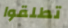
تطلقوا